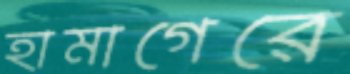
হামাগেরে